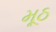
મૂઠ